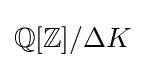
\mathbb {Q} [\mathbb {Z} ]/\Delta K